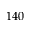
1 4 0